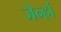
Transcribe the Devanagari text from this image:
जेन्हां